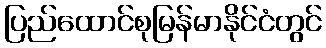
ပြည်ထောင်စုမြန်မာနိုင်ငံတွင်